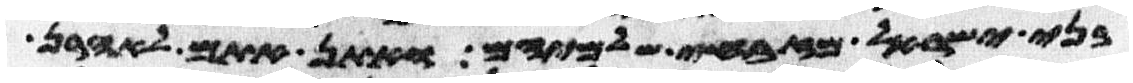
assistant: בני ישראל מזבחי שלמיהם ואתן אתם לאהרן